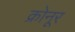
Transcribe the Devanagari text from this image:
क्रोनूर